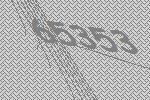
65353